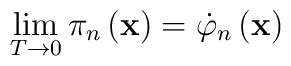
\lim_{T\rightarrow 0}\pi _n\left( \mathbf{x}\right) =\dot{\varphi}_n\left( \mathbf{x}\right)